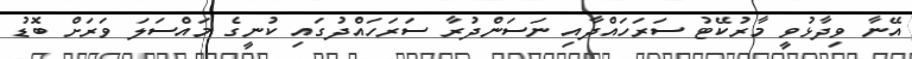
އޭނާ ވިދާޅުވީ މާރުކޭޓު ސަރަހައްދާއި ނަސަންދުރާ ސަރަހައްދުގައި ކުނީގެ މައްސަލަ ވަރަށް ބޮޑު